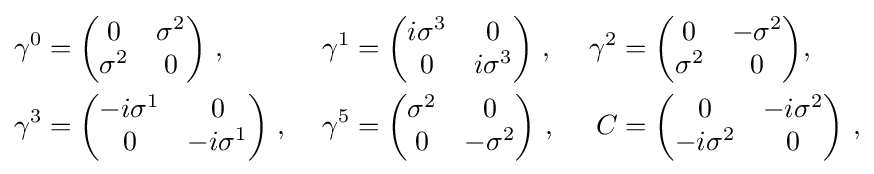
{\begin{aligned}\gamma ^{0}&={\begin{pmatrix}0&\sigma ^{2}\\\sigma ^{2}&0\end{pmatrix}}\ ,~&\gamma ^{1}&={\begin{pmatrix}i\sigma ^{3}&0\\0&i\sigma ^{3}\end{pmatrix}}\ ,~&\gamma ^{2}&={\begin{pmatrix}0&-\sigma ^{2}\\\sigma ^{2}&0\end{pmatrix}},\\\gamma ^{3}&={\begin{pmatrix}-i\sigma ^{1}&0\\0&-i\sigma ^{1}\end{pmatrix}}\ ,~&\gamma ^{5}&={\begin{pmatrix}\sigma ^{2}&0\\0&-\sigma ^{2}\end{pmatrix}}\ ,~&C&={\begin{pmatrix}0&-i\sigma ^{2}\\-i\sigma ^{2}&0\end{pmatrix}}\ ,\end{aligned}}